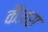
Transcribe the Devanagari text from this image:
कैंजस